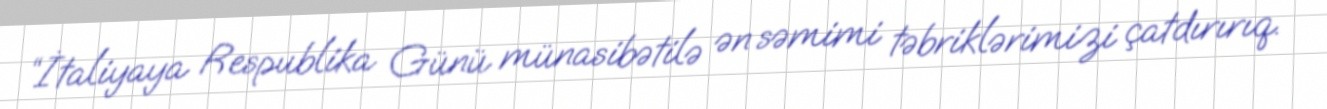
“İtaliyaya Respublika Günü münasibətilə ən səmimi təbriklərimizi çatdırırıq.